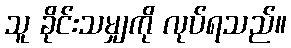
သူ ခိုင်းသမျှကို လုပ်ရသည်။